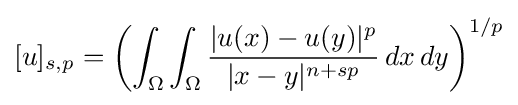
[u]_{s,p}=\left(\int _{\Omega }\int _{\Omega }{\frac {|u(x)-u(y)|^{p}}{|x-y|^{n+sp}}}\,dx\,dy\right)^{1/p}